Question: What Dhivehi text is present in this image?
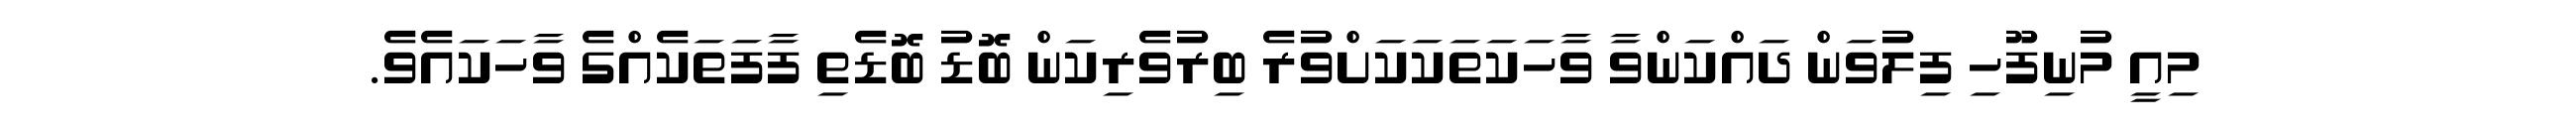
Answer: މިއީ މުނިފޫހި ފިލުވަން ދައްކަންވާ ވާހަކަތަކަކަށްވުރެ ބިރުވެރިކަން ބޮޑު ބޮޑެތި ފާފަތަކެއްގެ ވާހަކައެވެ.